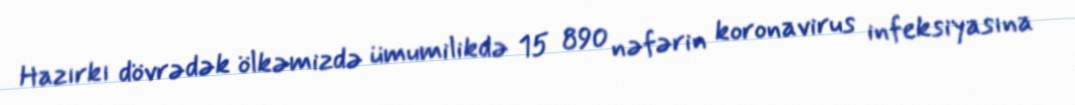
Hazırkı dövrədək ölkəmizdə ümumilikdə 15 890 nəfərin koronavirus infeksiyasına